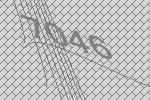
7046